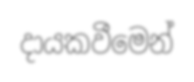
දායකවීමෙන්